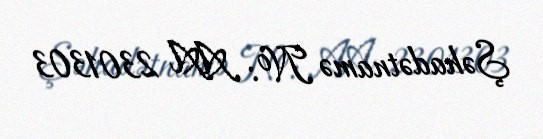
Şəhadətnamə №: AA 2301303